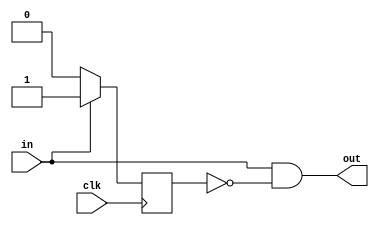

module edgetrigger (
		input wire clk,
		input wire in,

		output wire out
	);

	reg triggered = 0;

	assign out = in && !triggered;

	always @(posedge clk) begin
		if (in) begin
			triggered <= 1;
		end else begin
			triggered <= 0;
		end
	end

endmodule